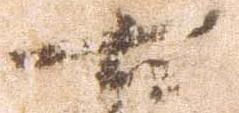
右